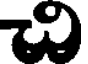
వి